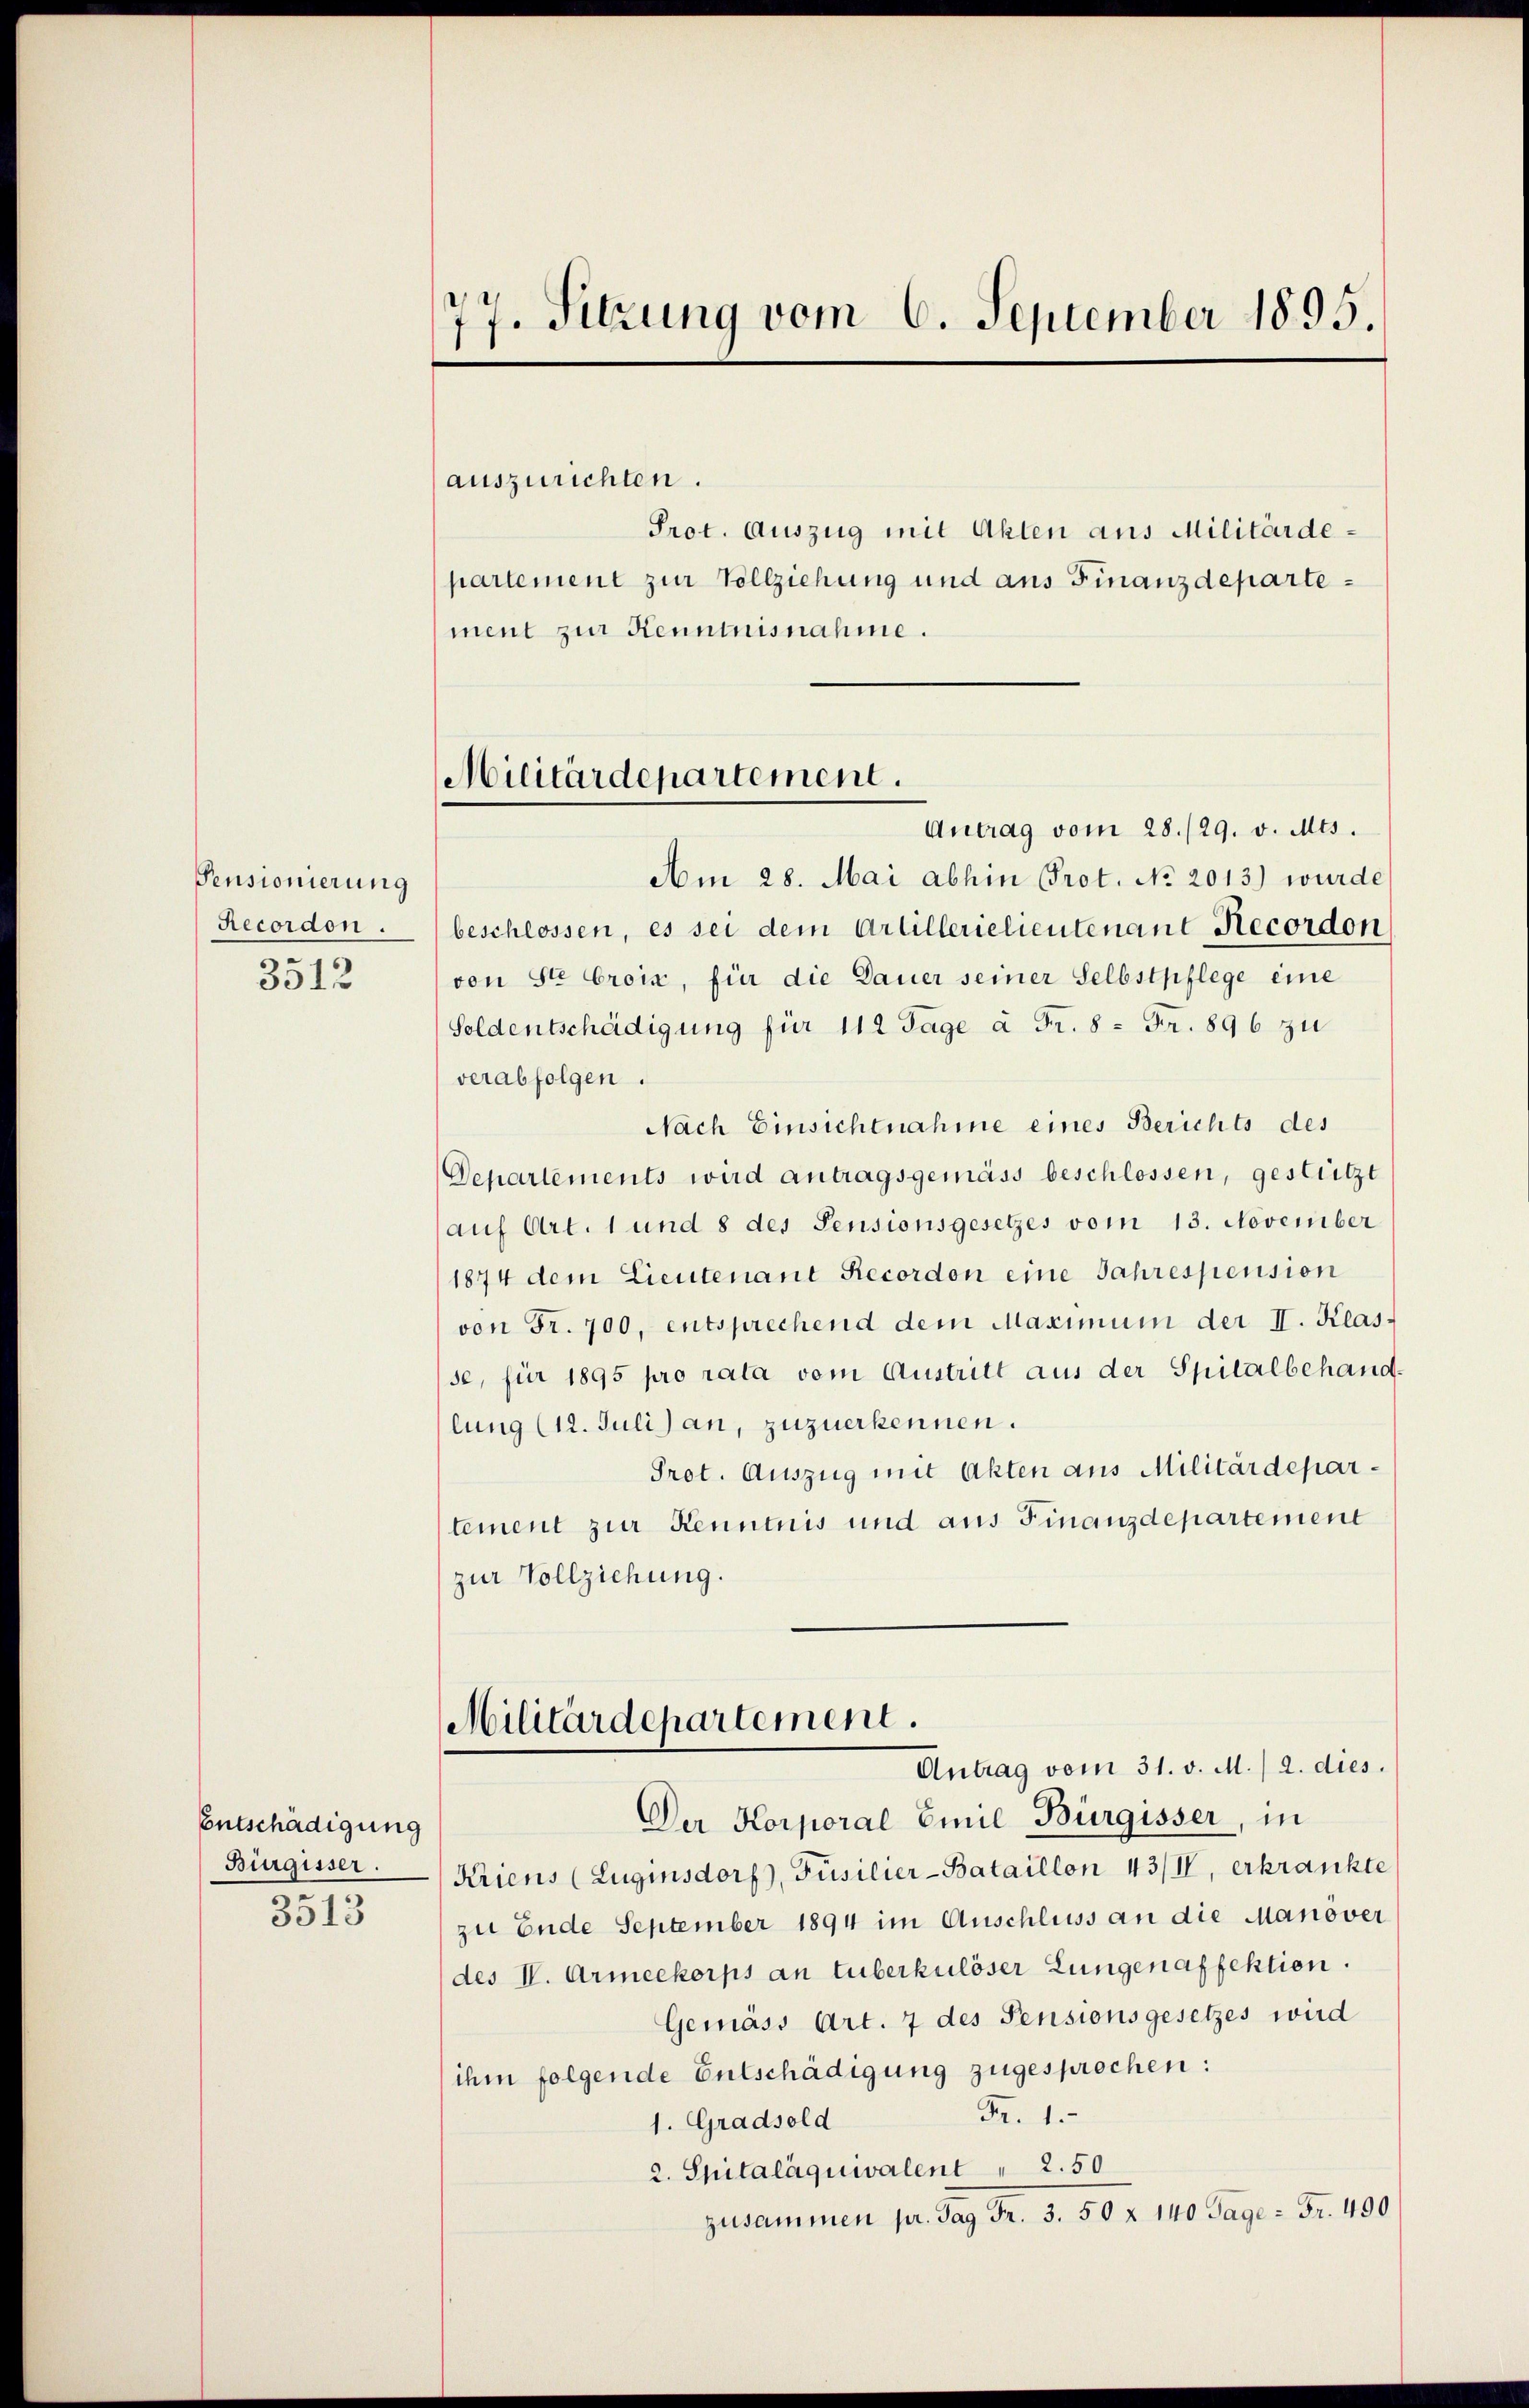
Pensionierung
Recordon.
3512

Entschädigung
Bürgisser.
3513

77. Sitzung vom 6. September 1895.

auszurichten.
Prot. Auszug mit Akten aus Militärdepartement zur Vollziehung und aus Finanzdepartement zur Kenntnisnahme.
Antrag vom 28./29. v. Mts.
Am 28. Mai abhin Prot. No 2013.) wurde
beschlossen, es sei dem Artillerielieutenant Recordon
von St. Croix, für die Dauer seiner Selbstpflege eine
Soldentschädigung für 112 Tage à Fr. 8 = Fr. 896 zu
verabfolgen.
Nach Einsichtnahme eines Berichts des
Departements wird antragsgemäss beschlossen, gestützt
auf Art. 1 und 8 des Pensionsgesetzes vom 13. November
1874 dem Lieutenant Recordon eine Jahrespension
von Fr. 700, entsprechend dem Maximum der II. Klasse, für 1895 pro rata vom Austritt aus der Spitalbehand-
lung (12. Juli) an, zuzuerkennen.
Prot. Auszug mit Akten aus Militärdepartement zur Kenntnis und aus Finanzdepartement
zur Vollziehung.
Militärdepartement.
Antrag vom 31. v. M.) 2. dies
Der Korporal Emil Bürgisser, in
Kriens (Zuginsdorf), Füsilier-Bataillon 43/II, erkrankte
zu Ende September 1894 im Auschluss an die Manöver
(des IV. Armeekorps an tuberkulöser Lungen affektion.
Gemäss Art. 7 des Pensionsgesetzes wird
ihm folgende Entschädigung zugesprochen:
Fr. 1.
1. Gradsold
2. Spitaläquivalent  "  2. 50
zusammen pr. Tag Fr. 3. 50 § 140 Tage - Fr. 490.

Militärdepartement.